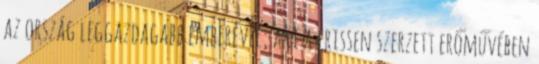
az ország leggazdagabb emberével, aki a frissen szerzett erőművében